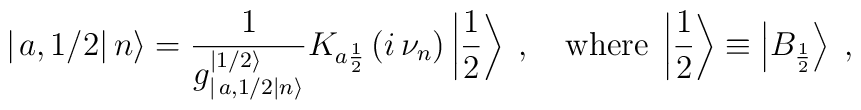
\left| \left. a,1/2\right| n\right\rangle =\frac{1}{g^{\left| 1/2\right\rangle }_{\left| \left. a,1/2\right| n\right\rangle }}K_{a\frac{1}{2}}\left( i\, \nu _{n}\right) \left| \frac{1}{2}\right\rangle \; ,\quad \mathrm{where}\; \left| \frac{1}{2}\right\rangle \equiv \left| B_{\frac{1}{2}}\right\rangle \; ,